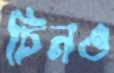
চিনও